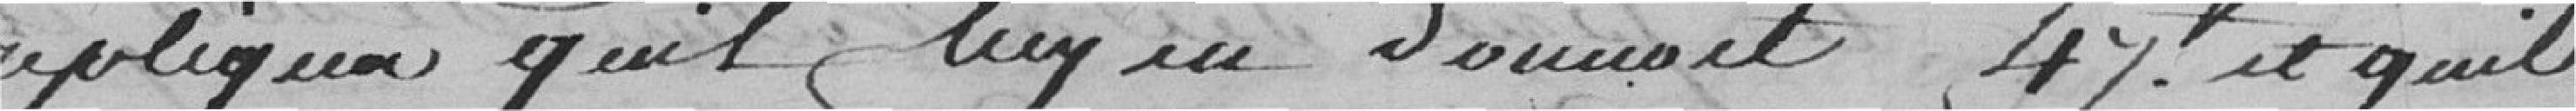
répliqua qu'il lui en donnait 45 francs et qu'il